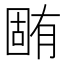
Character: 𣎏